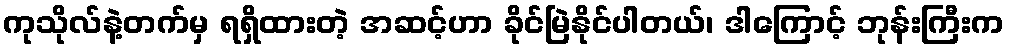
ကုသိုလ်နဲ့တက်မှ ရရှိထားတဲ့ အဆင့်ဟာ ခိုင်မြဲနိုင်ပါတယ်၊ ဒါကြောင့် ဘုန်းကြီးက